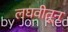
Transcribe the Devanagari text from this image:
लघवीतून